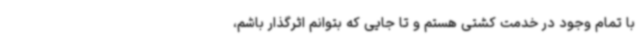
با تمام وجود در خدمت کشتی هستم و تا جایی که بتوانم اثرگذار باشم،